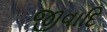
જીવાદિ